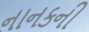
નાનકની